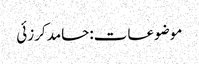
موضوعات:حامد کرزئی